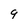
Character: q